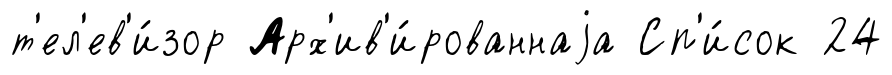
т'ел'ев'и́зор Арх'ив'и́рованнаjа Сп'и́сок 24